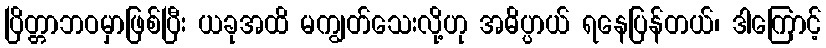
ပြိတ္တာဘဝမှာဖြစ်ပြီး ယခုအထိ မကျွတ်သေးလို့ဟု အဓိပ္ပာယ် ရနေပြန်တယ်၊ ဒါကြောင့်